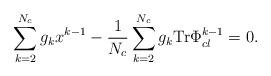
LaTeX: \begin{align*}\sum_{k=2}^{N_c} g_{k}x^{k-1}-\frac{1}{N_{c}}\sum_{k=2}^{N_c}g_{k} {\rm Tr}\Phi_{cl}^{k-1}=0.\end{align*}